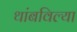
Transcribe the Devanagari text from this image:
थांबविल्या